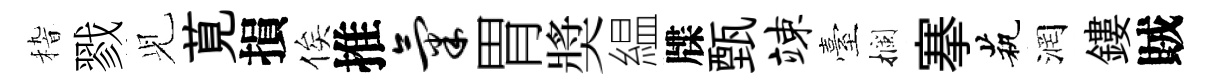
𥟵戮𫤗莧損俟推气胃奬緼牒甄竦臺攔搴茕润鏤賊